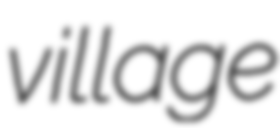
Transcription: village